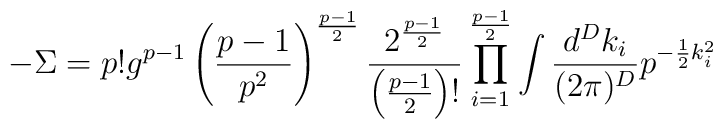
-\Sigma=p!g^{p-1}\left(\frac{p-1}{p^2}\right)^{\frac{p-1}{2}}\frac{2^{\frac{p-1}{2}}}{\left(\frac{p-1}{2}\right)!}\prod_{i=1}^{\frac{p-1}{2}}\int\frac{d^Dk_i}{(2\pi)^D} p^{-\frac{1}{2}k_i^2}